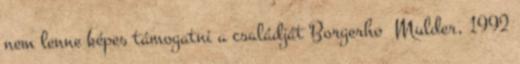
nem lenne képes támogatni a családját Borgerhoﬀ Mulder, 1992